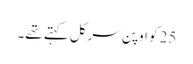
25 کو اوپن سرکل کہتے تھے۔